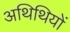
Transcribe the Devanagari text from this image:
अथिथियों